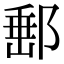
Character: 𨜚